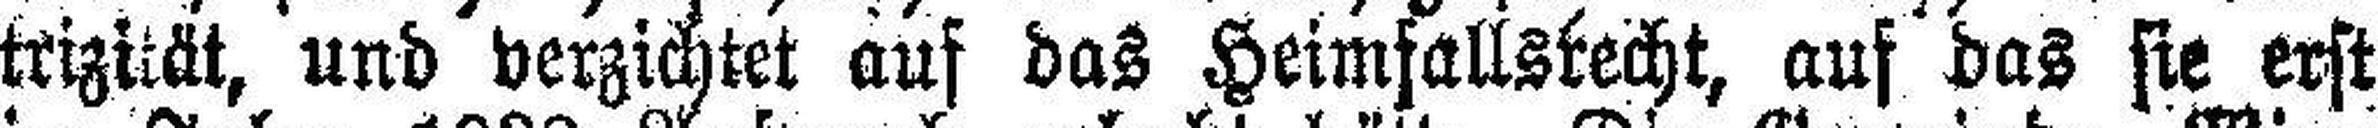
trizität, und verzichtet auf das Heimfallsrecht, auf das sie erst